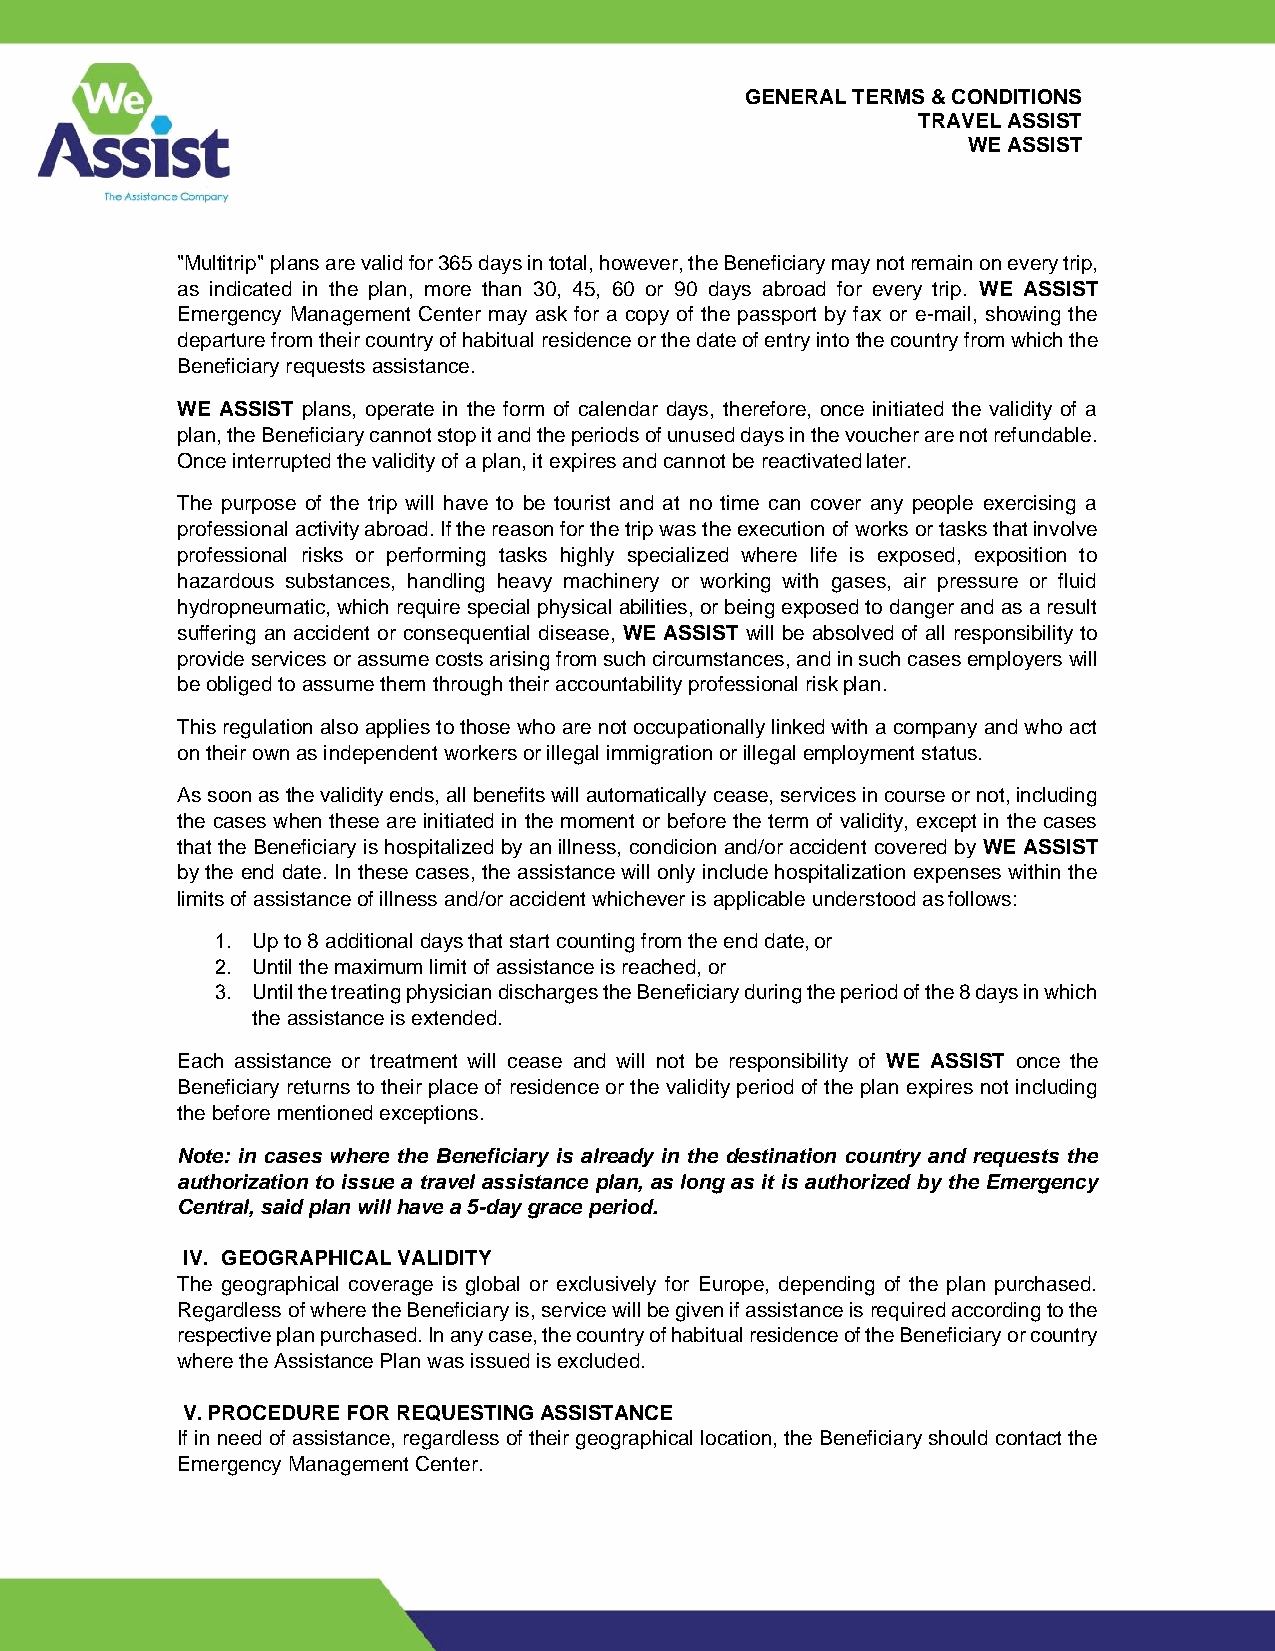
GENERAL TERMS & CONDITIONS
 TRAVEL ASSIST
 WE ASSIST
 "Multitrip" plans are valid for 365 days in total, however, the Beneficiary may not remain on every trip,
 as indicated in the plan, more than 30, 45, 60 or 90 days abroad for every trip. WE ASSIST
 Emergency Management Center may ask for a copy of the passport by fax or e-mail, showing the
 departure from their country of habitual residence or the date of entry into the country from which the
 Beneficiary requests assistance.
 WE ASSIST plans, operate in the form of calendar days, therefore, once initiated the validity of a
 plan, the Beneficiary cannot stop it and the periods of unused days in the voucher are not refundable.
 Once interrupted the validity of a plan, it expires and cannot be reactivated later.
 The purpose of the trip will have to be tourist and at no time can cover any people exercising a
 professional activity abroad. If the reason for the trip was the execution of works or tasks that involve
 professional risks or performing tasks highly specialized where life is exposed, exposition to
 hazardous substances, handling heavy machinery or working with gases, air pressure or fluid
 hydropneumatic, which require special physical abilities, or being exposed to danger and as a result
 suffering an accident or consequential disease, WE ASSIST will be absolved of all responsibility to
 provide services or assume costs arising from such circumstances, and in such cases employers will
 be obliged to assume them through their accountability professional risk plan.
 This regulation also applies to those who are not occupationally linked with a company and who act
 on their own as independent workers or illegal immigration or illegal employment status.
 As soon as the validity ends, all benefits will automatically cease, services in course or not, including
 the cases when these are initiated in the moment or before the term of validity, except in the cases
 that the Beneficiary is hospitalized by an illness, condicion and/or accident covered by WE ASSIST
 by the end date. In these cases, the assistance will only include hospitalization expenses within the
 limits of assistance of illness and/or accident whichever is applicable understood as follows:
 1. Up to 8 additional days that start counting from the end date, or
 2. Until the maximum limit of assistance is reached, or
 3. Until the treating physician discharges the Beneficiary during the period of the 8 days in which
 the assistance is extended.
 Each assistance or treatment will cease and will not be responsibility of WE ASSIST once the
 Beneficiary returns to their place of residence or the validity period of the plan expires not including
 the before mentioned exceptions.
 Note: in cases where the Beneficiary is already in the destination country and requests the
 authorization to issue a travel assistance plan, as long as it is authorized by the Emergency
 Central, said plan will have a 5-day grace period.
 IV. GEOGRAPHICAL VALIDITY
 The geographical coverage is global or exclusively for Europe, depending of the plan purchased.
 Regardless of where the Beneficiary is, service will be given if assistance is required according to the
 respective plan purchased. In any case, the country of habitual residence of the Beneficiary or country
 where the Assistance Plan was issued is excluded.
 V. PROCEDURE FOR REQUESTING ASSISTANCE
 If in need of assistance, regardless of their geographical location, the Beneficiary should contact the
 Emergency Management Center.